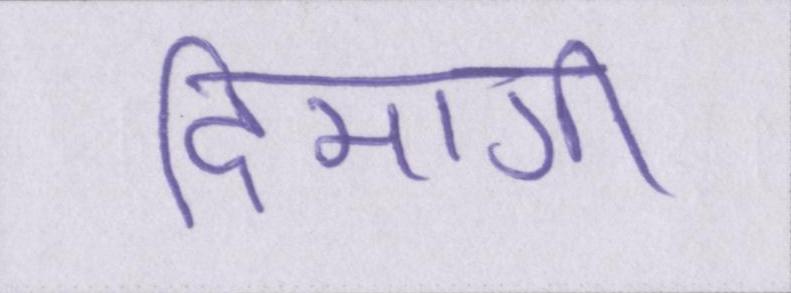
दिमागी